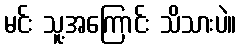
မင်း သူ့အကြောင်း သိသားပဲ။